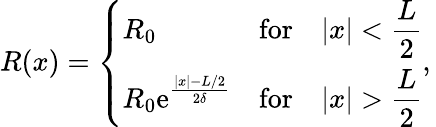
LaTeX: R(x)=\left\{ \begin{array}{lcc}{\displaystyle{R_{0}}}&{\mathrm{for}}&{|x|<\displaystyle\frac{L}{2}}\\ {\displaystyle{R_{0}}\mathrm{e}^{\frac{|x|-L/2}{2\delta}}}&{\mathrm{for}}&{|x|>\displaystyle\frac{L}{2}}\end{array},\right.